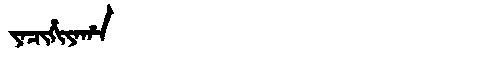
Manchu: ᠶᠠᠴᡳᡥᡳᠶᠠᡥᠠ
Romanization: YACIHIYAHA